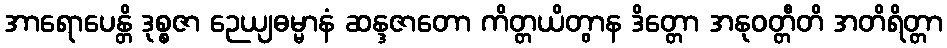
အာရောပေန္တိ ဒုစ္စဇာ ဉေယျဓမ္မာနံ ဆန္ဒဇာတော ကိတ္တယိတွာန ဒိတ္တော အနုဝတ္တီတိ အတိရိတ္တာ